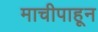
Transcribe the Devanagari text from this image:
माचीपाहून